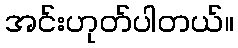
အင်းဟုတ်ပါတယ်။